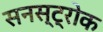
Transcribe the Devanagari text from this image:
सनस्ट्रोक